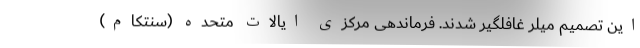
این تصمیم میلر غافلگیر شدند. فرماندهی مرکزی ایالات متحده (سنتکام)